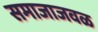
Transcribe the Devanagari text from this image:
समाजाजवळ